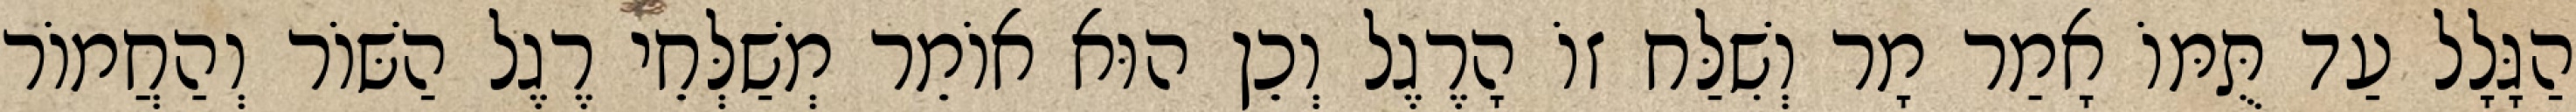
הַגָּלָל עַד תֻּמּוֹ אָמַר מָר וְשִׁלַּח זוֹ הָרֶגֶל וְכֵן הוּא אוֹמֵר מְשַׁלְּחֵי רֶגֶל הַשּׁוֹר וְהַחֲמוֹר